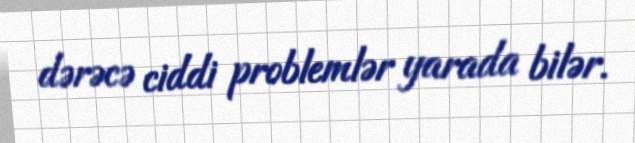
dərəcə ciddi problemlər yarada bilər.